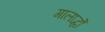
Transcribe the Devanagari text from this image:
गालार्द्धों